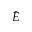
\hat { E }